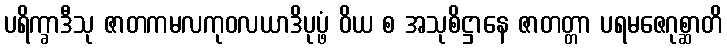
ပရိက္ခာဒီသု ဇာတကမလကုဝလယာဒိပုပ္ဖံ ဝိယ စ အသုစိဋ္ဌာနေ ဇာတတ္တာ ပရမဇေဂုစ္ဆာတိ